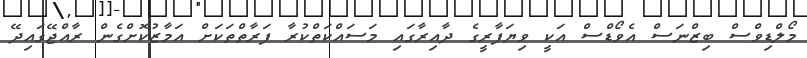
މޯލްޑިވްސް ބިޒްނަސް އެވޯޑްސް އަކީ ވިޔަފާރީގެ ދާއިރާގައި މަސައްކަތްކުރާ ފަރާތްތަކަށް އަމާޒުކޮށްގެން ރާއްޖޭގައިދޭ